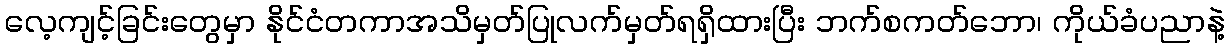
လေ့ကျင့်ခြင်းတွေမှာ နိုင်ငံတကာအသိမှတ်ပြုလက်မှတ်ရရှိထားပြီး ဘက်စကတ်ဘော၊ ကိုယ်ခံပညာနဲ့